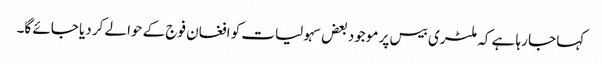
کہا جا رہا ہے کہ ملٹری بیس پر موجود بعض سہولیات کو افغان فوج کے حوالے کر دیا جائے گا۔